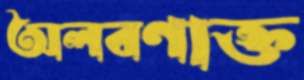
অলবণাক্ত